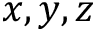
x , y , z